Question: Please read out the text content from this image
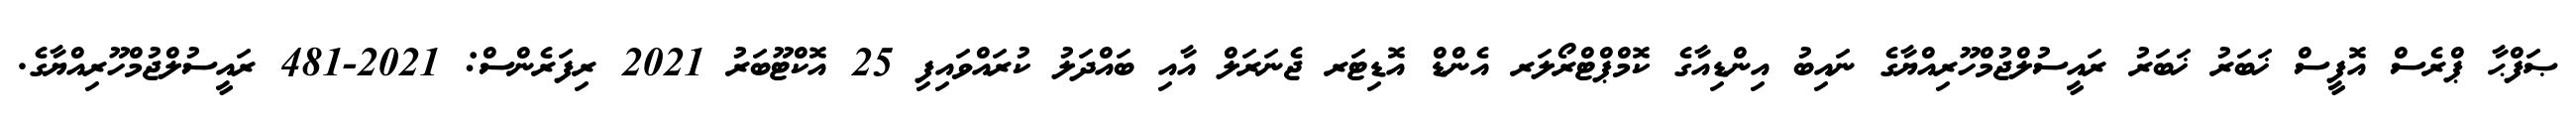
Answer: ޞަފްޙާ ޕްރެސް އޮފީސް ޚަބަރު ޚަބަރު ރައީސުލްޖުމްހޫރިއްޔާގެ ނައިބު އިންޑިއާގެ ކޮމްޕްޓްރޯލަރ އެންޑް އޮޑިޓަރ ޖެނަރަލް އާއި ބައްދަލު ކުރައްވައިފި 25 އޮކްޓޫބަރު 2021 ރިފަރެންސް: 2021-481 ރައީސުލްޖުމްހޫރިއްޔާގެ.